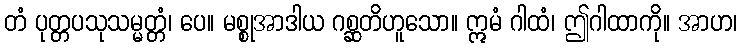
တံ ပုတ္တပသုသမ္မတ္တံ၊ ပေ။ မစ္စုအာဒါယ ဂစ္ဆတိဟူသော။ ဣမံ ဂါထံ၊ ဤဂါထာကို။ အာဟ၊